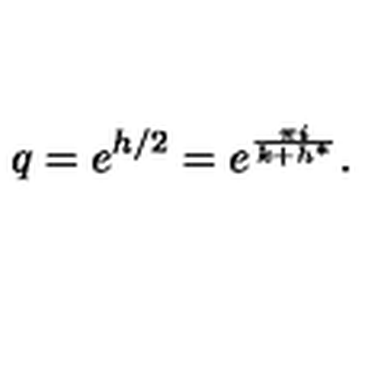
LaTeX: q = e ^ { h / 2 } = e ^ { \frac { \pi i } { k + h ^ { * } } } .